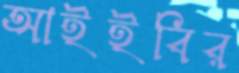
আইইবির